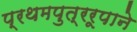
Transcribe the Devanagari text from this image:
प्रथमपुत्ररूपाने